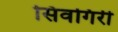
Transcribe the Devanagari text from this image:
सिवगिरी